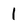
Character: 1